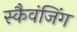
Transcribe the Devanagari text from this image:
स्कैवंजिंग